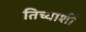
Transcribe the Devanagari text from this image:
तिच्याशीं